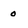
Character: 0